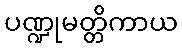
ပဏ္ဍုမတ္တိကာယ